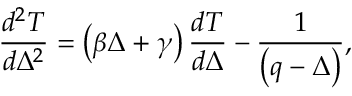
\frac { d ^ { 2 } T } { d \Delta ^ { 2 } } = \left( \beta \Delta + \gamma \right) \frac { d T } { d \Delta } - \frac { 1 } { \left( q - \Delta \right) } ,